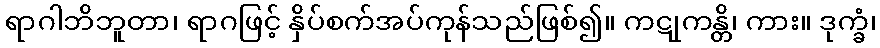
ရာဂါဘိဘူတာ၊ ရာဂဖြင့် နှိပ်စက်အပ်ကုန်သည်ဖြစ်၍။ ကဋုကန္တိ၊ ကား။ ဒုက္ခံ၊